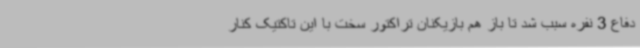
دفاع 3 نفره سبب شد تا باز هم بازیکنان تراکتور سخت با این تاکتیک کنار